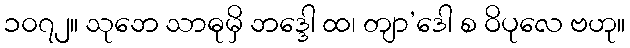
၁၀၇၂။ သုဘေ သာဓုမှိ ဘဒ္ဒေါ ထ၊ တျာ’ဒေါ စ ဝိပုလေ ဗဟု။